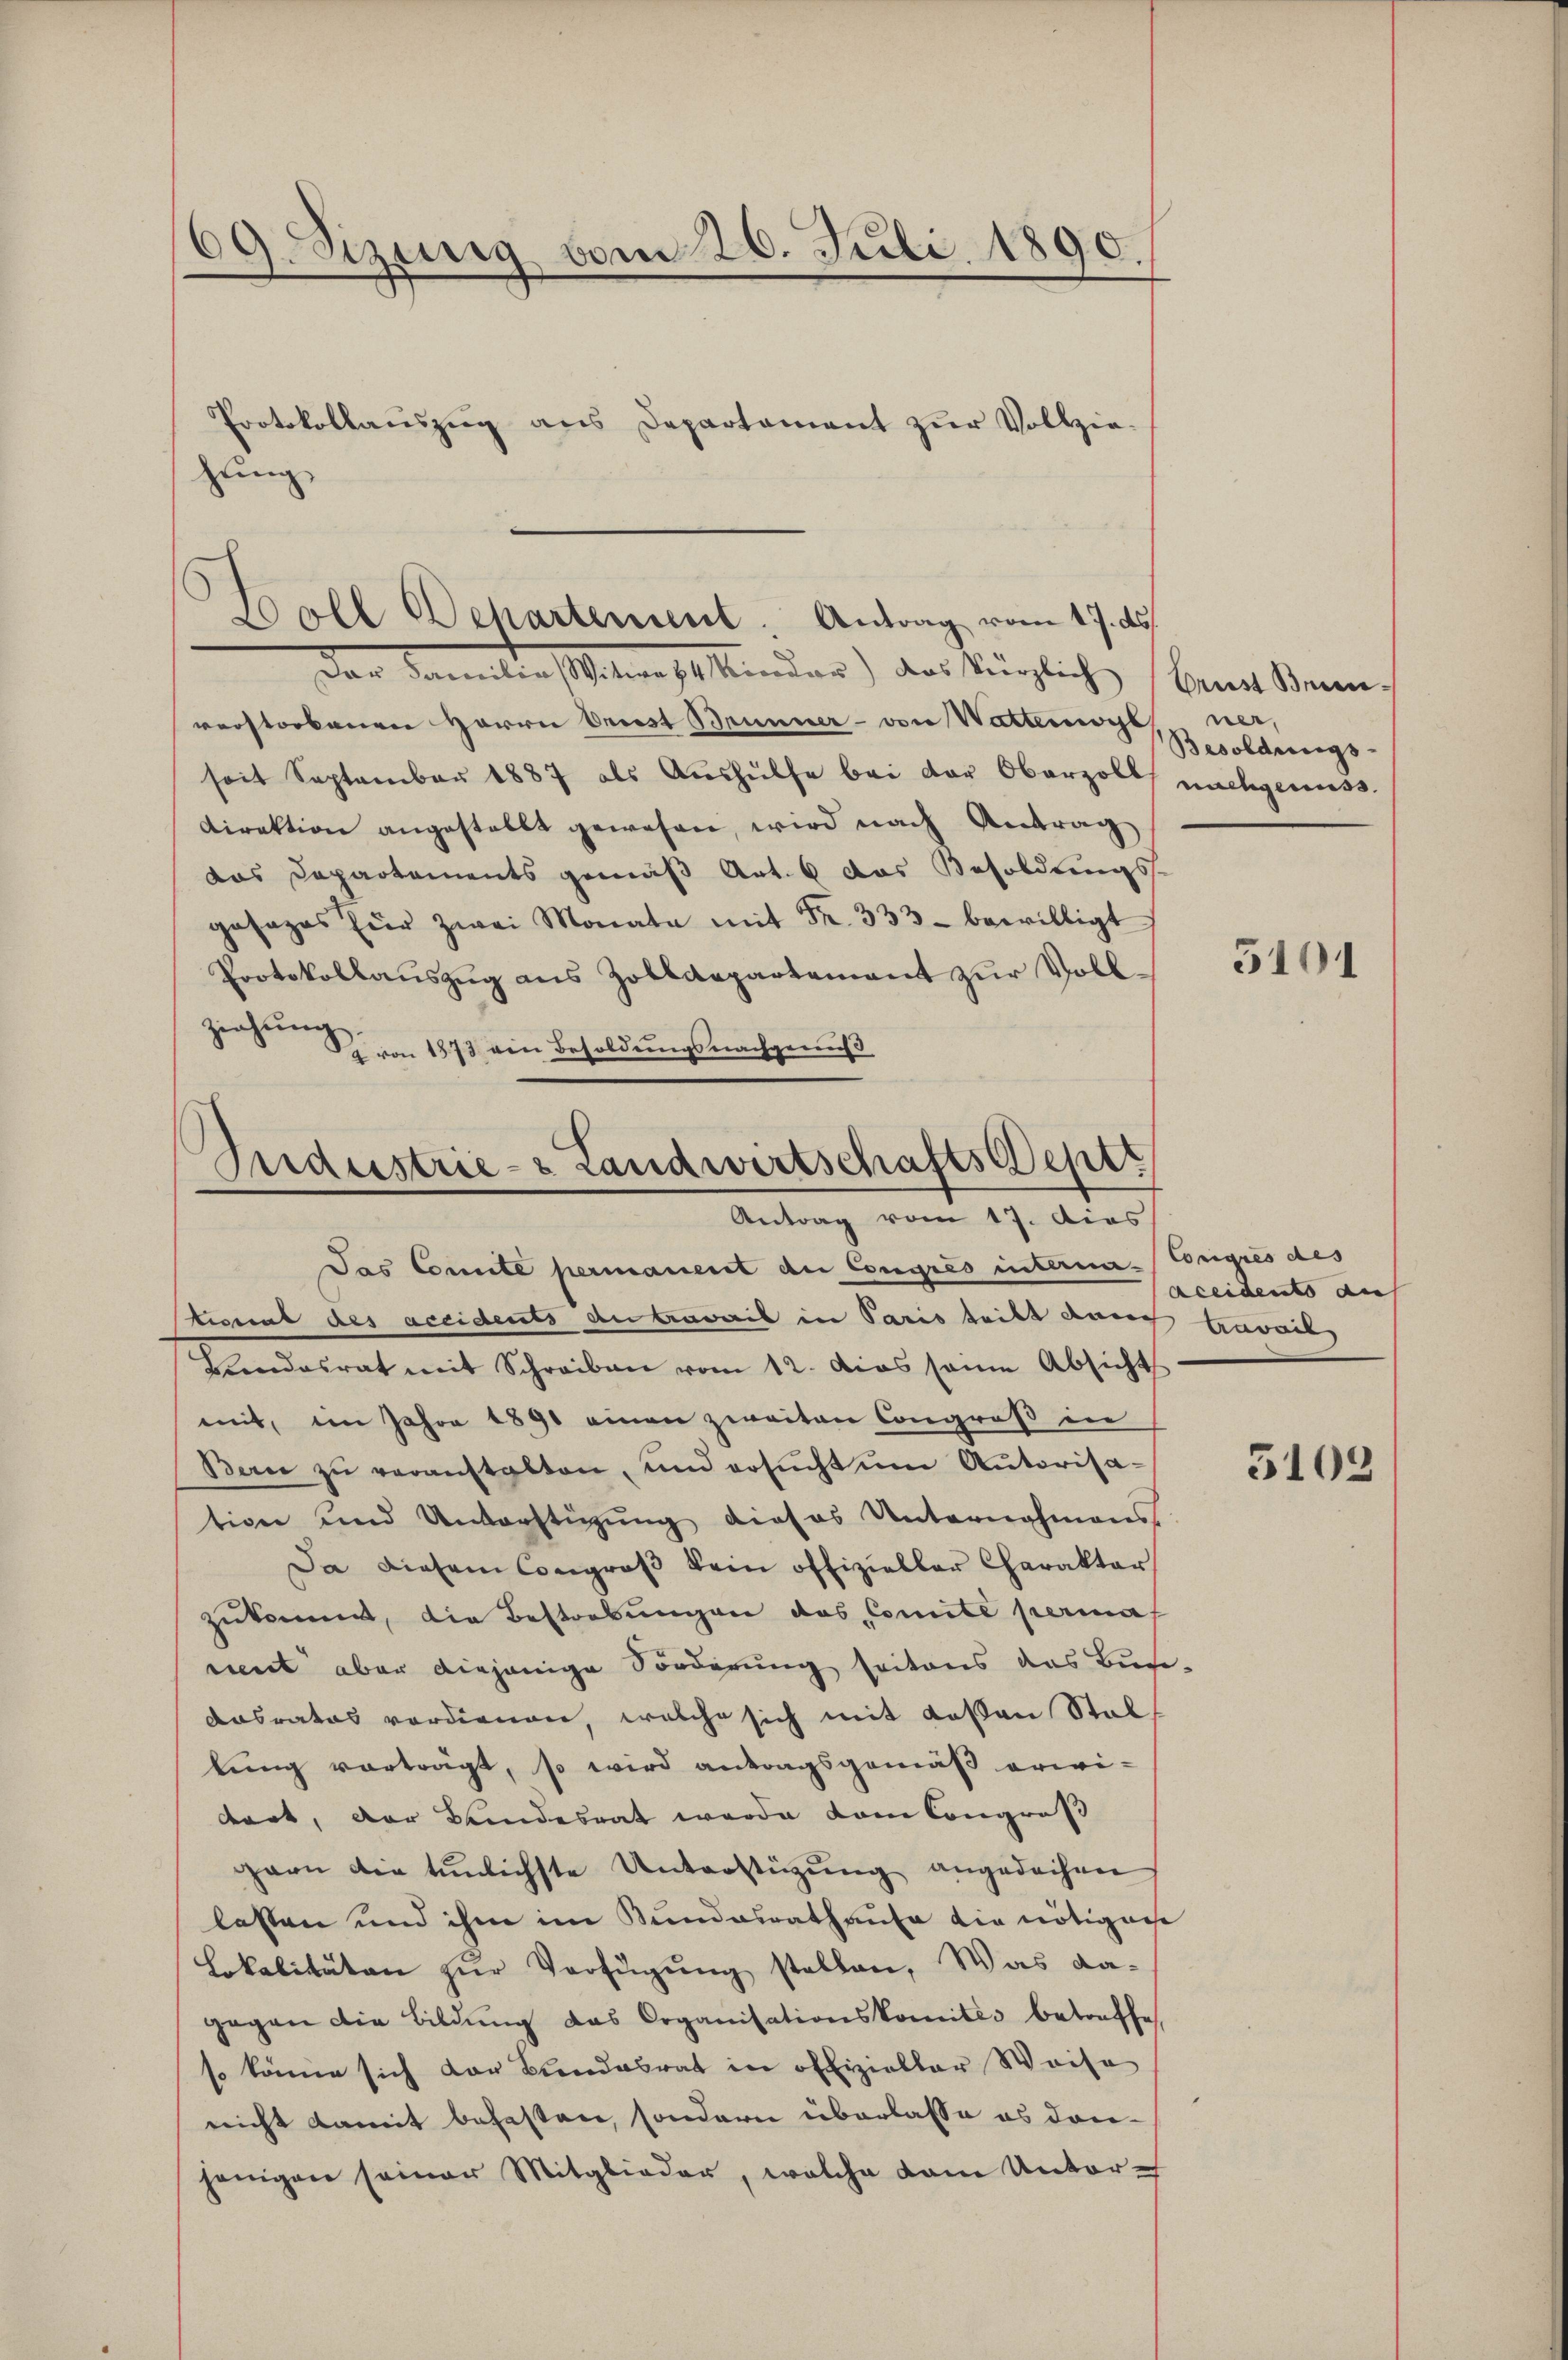
69. Sizinig vom 26. Juli 1890.

Protokollaŭszŭg ans Departament zŭr Vollzie-
hung

Goll Departement: Antrag vom 17. ds.
Der Familie Witwe 84 Viceder) das Verzlich

verstorbenen Herrn Oriest Brunner- von Wattenwyl
seit September 1887 als Aŭshülfe bei der Oberzoll nachgenuss.
Direktion angestellt gewesen, wird nach Antrag
das Departements gemäß Art. 6 das Besoldungs-
gesages für zwei Monata mit Fr. 333. bewilligt
Protokollauszug aus Zolldepartement zur Vollziehŭng.
f von 1573 von Besoldungsnachgenuß

Industrie- & Landwirtschafts Septe
Antrag vom 17. dies
Das Connte permanent an Congres interma-Congres des

kennt des accidents du travail in Paris teilt durch travail
Beendesrat mit Schreiben vom 12. das seine Absicht
mit, im Jahre 1890 einen zweiten Congroß in
Bau zu veranstalten, und ersŭcht um Autorisation und Unterftigŭng dieses Unternahmens
Da diesem Congros kein offizieller Charakter
zukommt, die Bestrebungen das Comité permas
ment aber diejenige Forderung seitens das Bun-
dasrates verdienen, welche sich mit Kosten Stallung vorträgt, so wird antragsgemäß erwi-
dret, der Bundesrat werde vom Congroß
garn die tunlichste Unterstüzung angedehnen
lassen und ihm im Kundesrathaufe die nötiger
Lokalitäten zur Verfügung stellen, Was da-
gegen die Bildung das Organisationskomites betreffe
so könne sich der Bundesrat in offizieller Weise
nicht damit befasten, sondern überlasse es donijenigen seiner Mitglieder, welche dem Unter-

Ornst Beinner,
Besoldungs-

5101

aceidents auf

5102